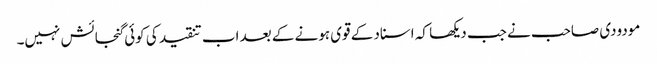
مودودی صاحب نے جب دیکھا کہ اسناد کے قوی ہونے کے بعد اب تنقید کی کوئی گنجائش نہیں۔